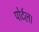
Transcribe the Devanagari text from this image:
पोर्टल।